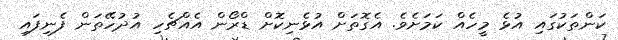
ކަންތަކުގައި އުޅެ މީހެއް ކަމަށެވެ. އެގޮތަށް އުޅެނިކޮށް ޑްރޯން އެއްޗެހި އުދުހޭތަން ފެނިފައިި